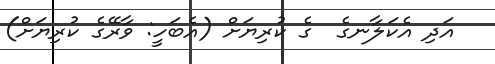
އަދި އެކަލާނގެ  ގެ ކުރިޔަށް (އެބަހީ: ވާރޭގެ ކުރިޔަށް)